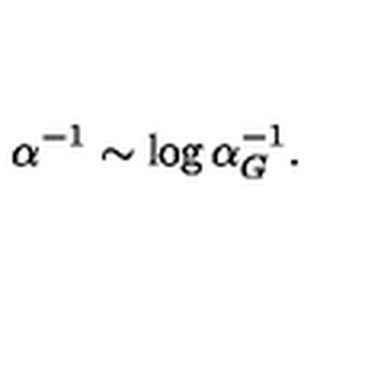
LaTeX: \alpha ^ { - 1 } \sim \log \alpha _ { G } ^ { - 1 } .